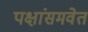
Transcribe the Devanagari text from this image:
पक्षांसमवेत